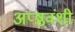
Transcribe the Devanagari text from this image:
अप्ष्ठवंशी